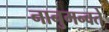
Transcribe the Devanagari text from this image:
नानुमन्वते